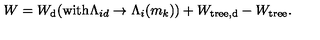
W = W _ { \mathrm { d } } ( \mathrm { w i t h } \Lambda _ { i d } \rightarrow \Lambda _ { i } ( m _ { k } ) ) \mathrm { } + W _ { \mathrm { t r e e , d } } - W _ { \mathrm { t r e e } } .